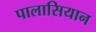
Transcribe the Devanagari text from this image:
पालासियान